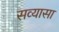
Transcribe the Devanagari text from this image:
सव्यासा